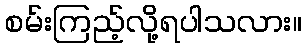
စမ်းကြည့်လို့ရပါသလား။